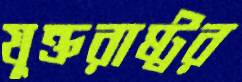
যুক্তরাষ্ট্রর